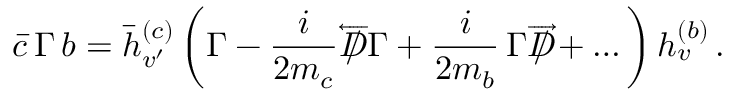
\bar { c } \, \Gamma \, b = \bar { h } _ { v ^ { \prime } } ^ { ( c ) } \, \bigg ( \Gamma - \frac i { 2 m _ { c } } \overleftarrow D \! \! \! \! \slash \, \Gamma + \frac i { 2 m _ { b } } \, \Gamma \overrightarrow D \! \! \! \! \slash + \ldots \bigg ) \, h _ { v } ^ { ( b ) } \, .